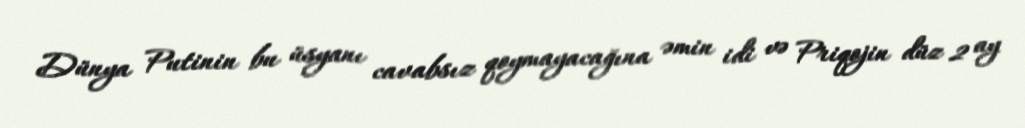
Dünya Putinin bu üsyanı cavabsız qoymayacağına əmin idi və Priqojin düz 2 ay